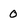
Character: 0